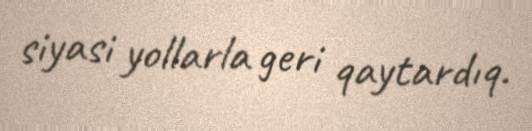
siyasi yollarla geri qaytardıq.